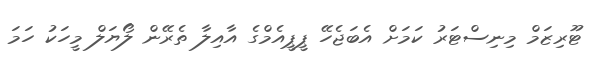
ޓޫރިޒަމް މިނިސްޓަރު ކަމަށް އެބަޖެހޭ ޕީޕީއެމްގެ އާއިލާ ތެރޭން ލޯޔަލް މީހަކު ހަމަ